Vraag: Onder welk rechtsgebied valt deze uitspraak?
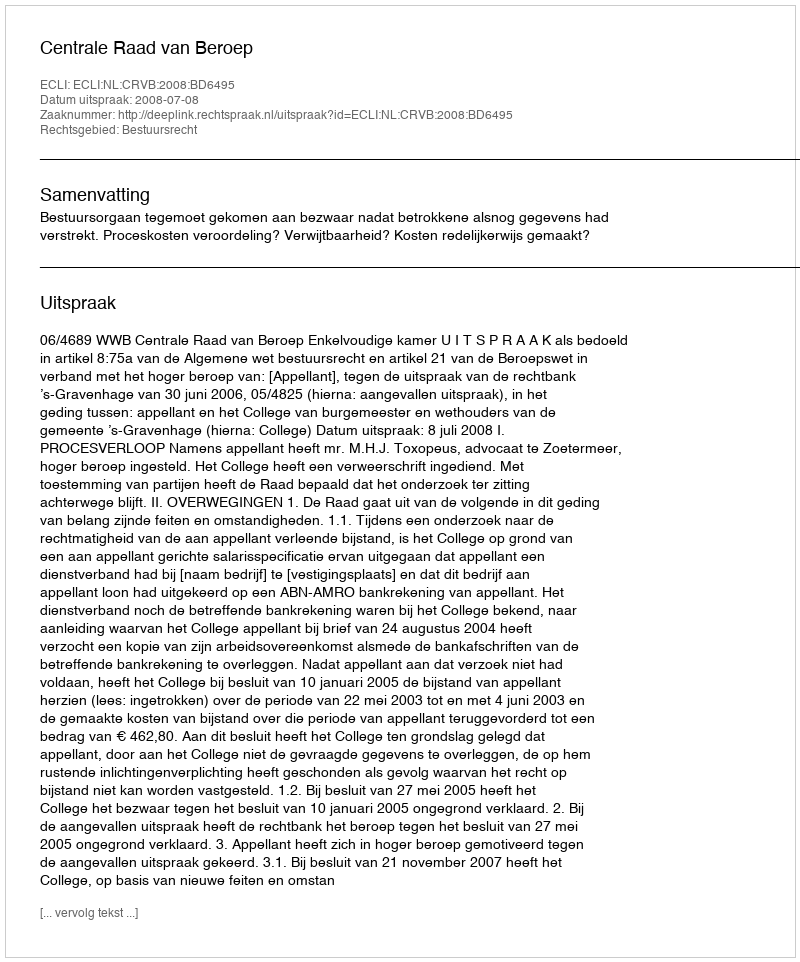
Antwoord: Bestuursrecht